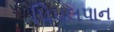
પિપલપાન